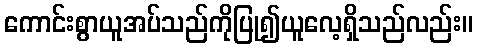
ကောင်းစွာယူအပ်သည်ကိုပြု၍ယူလေ့ရှိသည်လည်း။